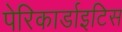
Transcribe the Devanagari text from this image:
पेरिकार्डाइटिस